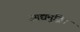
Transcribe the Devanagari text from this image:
आद्यमुद्रित